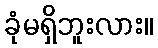
ခုံမရှိဘူးလား။